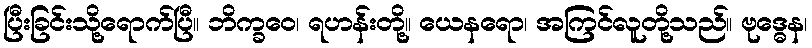
ပြီးခြင်းသို့ရောက်ပြီ။ ဘိက္ခဝေ၊ ရဟန်းတို့။ ယေနရော၊ အကြင်လူတို့သည်။ ဗုဒ္ဓေန၊